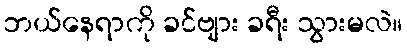
ဘယ်နေရာကို ခင်ဗျား ခရီး သွားမလဲ။